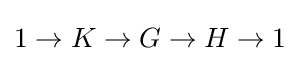
1\to K\to G\to H\to 1